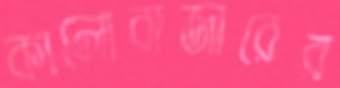
কালোবাজারের